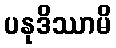
ပနုဒိဿာမိ